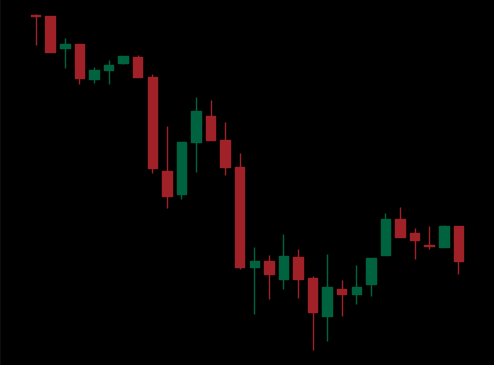
Pattern: unclassified